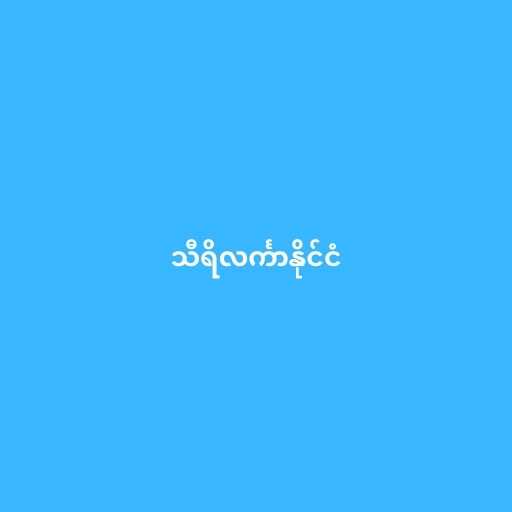
သီရိလင်္ကာနိုင်ငံ